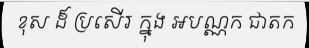
ខុស ដ៏ ប្រសើរ ក្នុង អបណ្ណក ជាតក